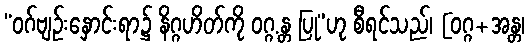
“ဝဂ်ဗျဉ်းနှောင်းရာ၌ နိဂ္ဂဟိတ်ကို ဝဂ္ဂ.န္တ ပြု”ဟု စီရင်သည်၊ [ဝဂ္ဂ+အန္တ၊